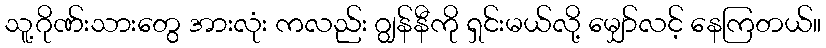
သူ့ဂိုဏ်းသားတွေ အားလုံး ကလည်း ဂျွန်နီကို ရှင်းမယ်လို့ မျှော်လင့် နေကြတယ်။